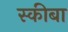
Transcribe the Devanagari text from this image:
स्कीबा